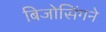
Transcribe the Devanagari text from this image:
बिजोसिंगने